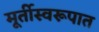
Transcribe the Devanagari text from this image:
मूर्तीस्वरूपात